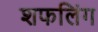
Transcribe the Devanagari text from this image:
शफलिंग